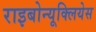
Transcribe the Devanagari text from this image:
राइबोन्यूक्लियेस